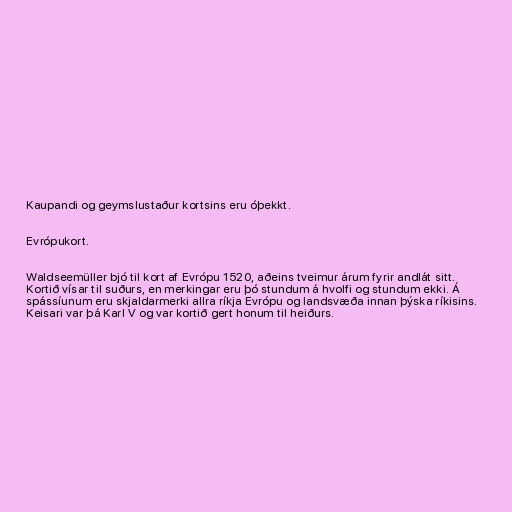
Kaupandi og geymslustaður kortsins eru óþekkt.

Evrópukort.

Waldseemüller bjó til kort af Evrópu 1520, aðeins tveimur árum fyrir andlát sitt.
Kortið vísar til suðurs, en merkingar eru þó stundum á hvolfi og stundum ekki. Á
spássíunum eru skjaldarmerki allra ríkja Evrópu og landsvæða innan þýska ríkisins.
Keisari var þá Karl V og var kortið gert honum til heiðurs.